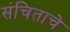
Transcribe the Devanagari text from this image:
संचिताचे